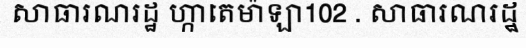
សាធារណរដ្ឋ ហ្កាតេម៉ាឡា102 . សាធារណរដ្ឋ